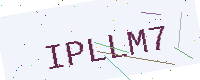
Text: IPLLM7